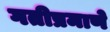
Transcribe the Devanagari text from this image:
गतीप्रमाणे